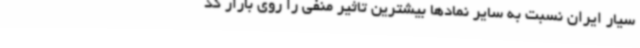
سیار ایران نسبت به سایر نمادها بیشترین تاثیر منفی را روی بازار گذ